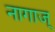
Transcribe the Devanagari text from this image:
नागाज्